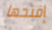
إفتحها